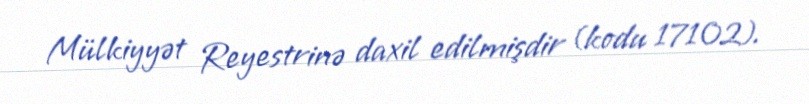
Mülkiyyət Reyestrinə daxil edilmişdir (kodu 17102).